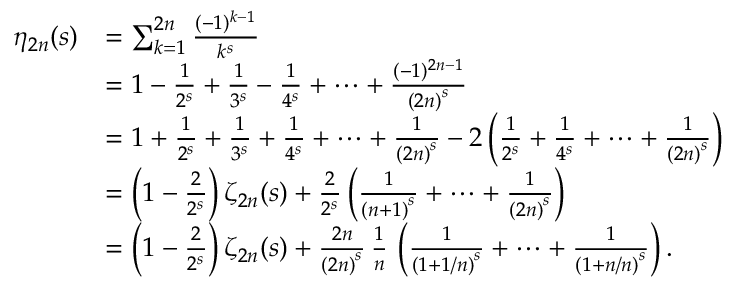
{ \begin{array} { r l } { \eta _ { 2 n } ( s ) } & { = \sum _ { k = 1 } ^ { 2 n } { \frac { ( - 1 ) ^ { k - 1 } } { k ^ { s } } } } \\ & { = 1 - { \frac { 1 } { 2 ^ { s } } } + { \frac { 1 } { 3 ^ { s } } } - { \frac { 1 } { 4 ^ { s } } } + \dots + { \frac { ( - 1 ) ^ { 2 n - 1 } } { { ( 2 n ) } ^ { s } } } } \\ & { = 1 + { \frac { 1 } { 2 ^ { s } } } + { \frac { 1 } { 3 ^ { s } } } + { \frac { 1 } { 4 ^ { s } } } + \dots + { \frac { 1 } { { ( 2 n ) } ^ { s } } } - 2 \left( { \frac { 1 } { 2 ^ { s } } } + { \frac { 1 } { 4 ^ { s } } } + \dots + { \frac { 1 } { { ( 2 n ) } ^ { s } } } \right) } \\ & { = \left( 1 - { \frac { 2 } { 2 ^ { s } } } \right) \zeta _ { 2 n } ( s ) + { \frac { 2 } { 2 ^ { s } } } \left( { \frac { 1 } { { ( n + 1 ) } ^ { s } } } + \dots + { \frac { 1 } { { ( 2 n ) } ^ { s } } } \right) } \\ & { = \left( 1 - { \frac { 2 } { 2 ^ { s } } } \right) \zeta _ { 2 n } ( s ) + { \frac { 2 n } { { ( 2 n ) } ^ { s } } } \, { \frac { 1 } { n } } \, \left( { \frac { 1 } { { ( 1 + 1 / n ) } ^ { s } } } + \dots + { \frac { 1 } { { ( 1 + n / n ) } ^ { s } } } \right) . } \end{array} }